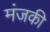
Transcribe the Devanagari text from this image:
मंजकी